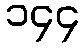
၁၄၄